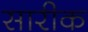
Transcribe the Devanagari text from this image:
सारीक